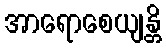
အာရောစေယျန္တိ